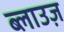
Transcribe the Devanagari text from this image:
ब्लाउज़